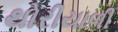
થોરીયાળી